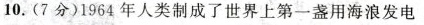
10.(7分)1964年人类制成了世界上第一盏用海浪发电